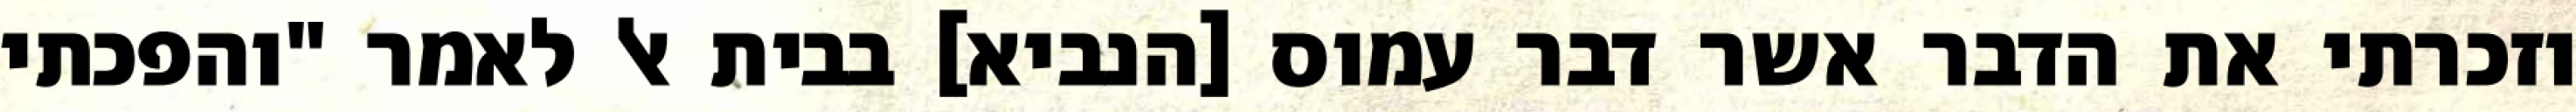
וזכרתי את הדבר אשר דבר עמוס [הנביא] בבית אל לאמר "והפכתי